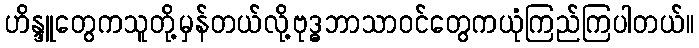
ဟိန္ဒူတွေကသူတို့မှန်တယ်လို့ဗုဒ္ဓဘာသာဝင်တွေကယုံကြည်ကြပါတယ်။